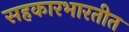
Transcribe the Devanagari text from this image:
सहकारभारतीत